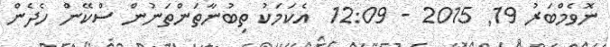
ނޮވެމްބަރު 19